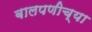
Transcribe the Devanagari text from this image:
बालपणीच्या